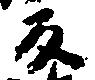
反